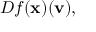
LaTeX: D f ( \mathbf { x } ) ( \mathbf { v } ) ,